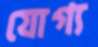
যোগ্য